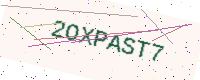
Text: 2OXPAST7